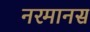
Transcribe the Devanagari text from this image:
नरमानस